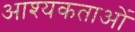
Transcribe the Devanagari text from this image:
आश्यकताओं